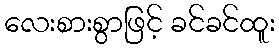
လေးစားစွာဖြင့် ခင်ခင်ထူး